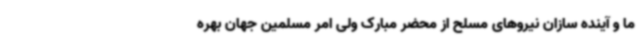
ما و آینده سازان نیروهای مسلح از محضر مبارک ولی امر مسلمین جهان بهره